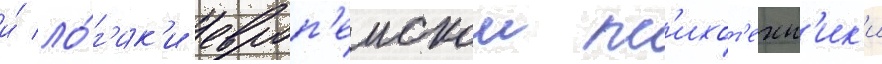
и́ ло́г'ик'и европ'еискои пс'ихот'ехн'ик'и